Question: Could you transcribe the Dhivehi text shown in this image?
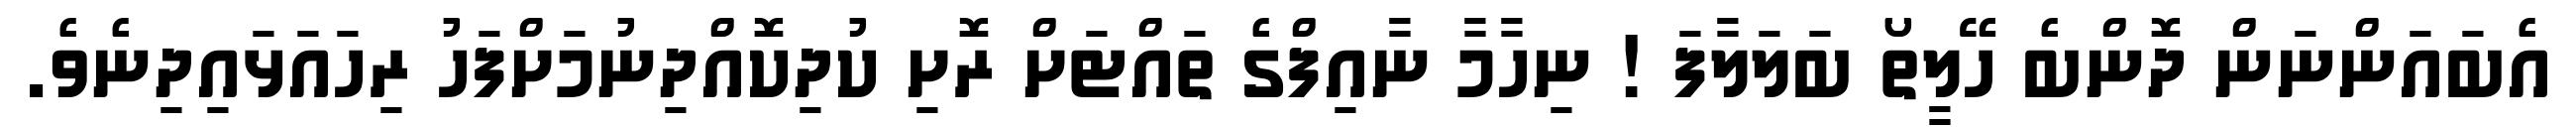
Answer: އެބައަންނަން ދޮންބެ ހޭލީތޯ ބަލަލާފަ ! ނިހާމާ ނާއިފްގެ ތައްޓަށް ރޮށި ކުދިކޮއްދިނުމަށްފަހު ރިހައަޅައިދިނެވެ.